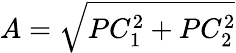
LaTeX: A=\sqrt{PC_{1}^{2}+PC_{2}^{2}}